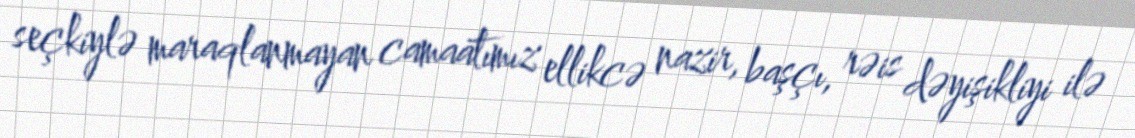
seçkiylə maraqlanmayan camaatımız ellikcə nazir, başçı, rəis dəyişikliyi ilə